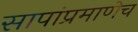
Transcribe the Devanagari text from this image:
सापांप्रमाणेच